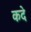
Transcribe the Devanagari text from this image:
कदे